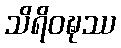
သိရိဝဍ္ဎဿ